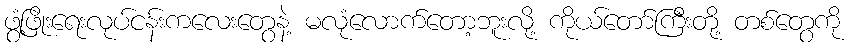
ဖွံ့ဖြိုးရေးလုပ်ငန်းကလေးတွေနဲ့ မလုံလောက်တော့ဘူးလို့ ကိုယ်တော်ကြီးတို့ တစ်တွေကို